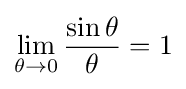
\lim _{\theta \to 0}{\frac {\sin \theta }{\theta }}=1